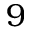
9